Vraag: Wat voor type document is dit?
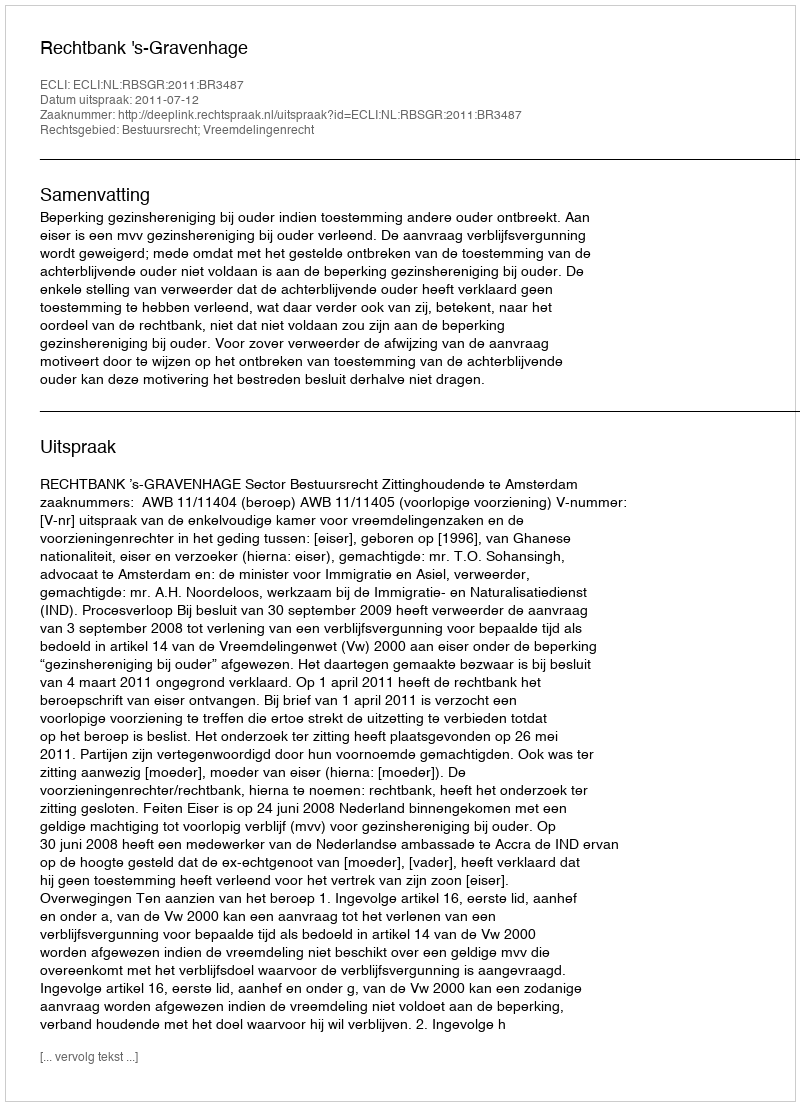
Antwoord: Uitspraak